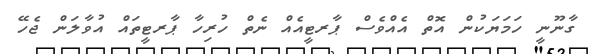
ގާނޫނީ ހަމަޔަކުން އޮތް އެއްވެސް ޕާރޓީއެއް ނެތް ހުރިހާ ޕާރޓީތައް އުވާލަން ޖެހޭ